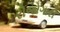
રોજોગારી